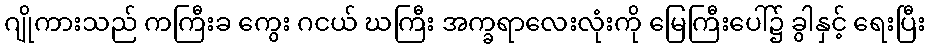
ဂျိုကားသည် ကကြီးခ ကွေး ဂငယ် ဃကြီး အက္ခရာလေးလုံးကို မြေကြီးပေါ်၌ ခွါနှင့် ရေးပြီး